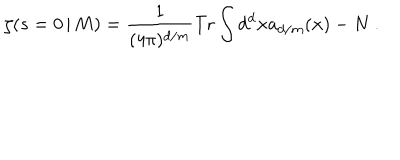
\zeta ( s = 0 \, | \, M ) = { \frac { 1 } { ( 4 \pi ) ^ { d / m } } } \mathrm { T r } \int d ^ { d } { \bf x } a _ { d / m } ( { \bf x } ) - N \ .